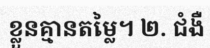
ខ្លួនគ្មានតម្លៃ។ ២. ជំងឺ